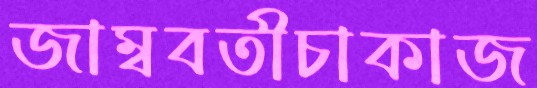
জাম্ববতীচাকাজ